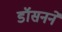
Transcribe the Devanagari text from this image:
डॉसनने